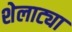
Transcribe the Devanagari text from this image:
शेलाट्या